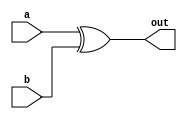
/* 
 Xor gate
*/
module xor_gate
(
 a,
 b,
 out
 );

   input a;
   input b;

   output out;

   assign out = a ^ b;
 
endmodule // xor_gate